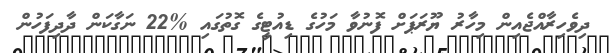
ދިވެހިރާއްޖެއިން މިހާރު ޔޫރަޕަށް ފޮނުވާ މަހުގެ ޑިއުޓީގެ ގޮތުގައި %22 ނަގާކަން ދާދިފަހުން